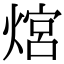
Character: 熍